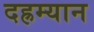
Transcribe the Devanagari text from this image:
दह्रम्यान